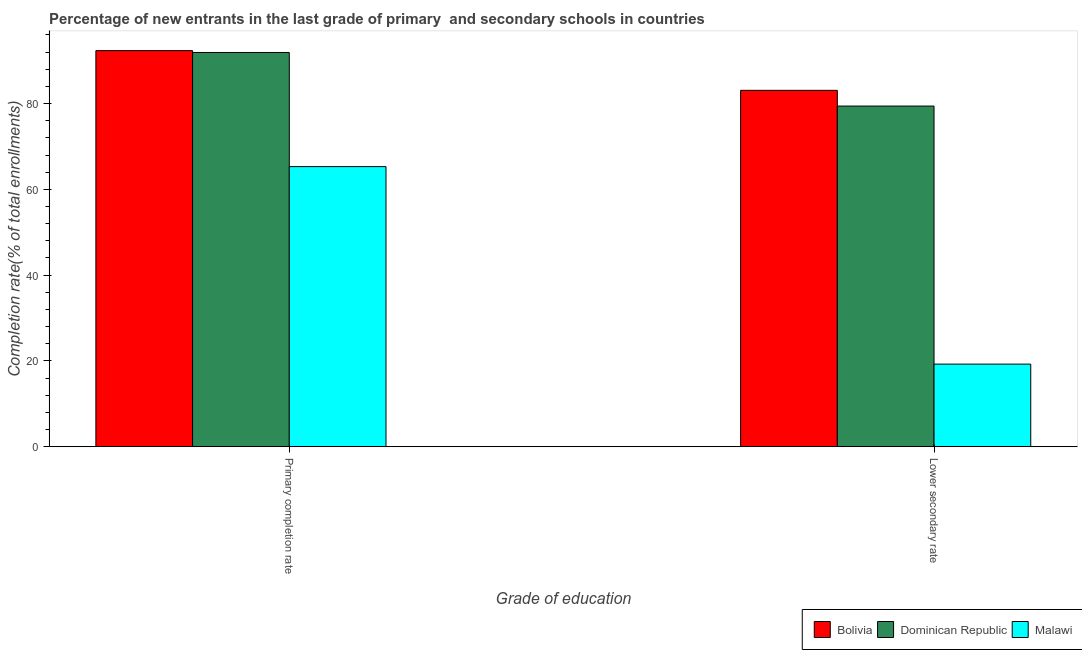
| Grade of education | Bolivia | Dominican Republic | Malawi |
 | --- | --- | --- | --- |
 | Primary completion rate | 92.3 | 91.9 | 65.3 |
 | Lower secondary rate | 83.1 | 79.4 | 19.3 |